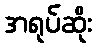
အရုပ်ဆိုး